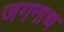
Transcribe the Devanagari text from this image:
जगनाथ